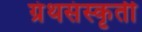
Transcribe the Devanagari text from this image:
ग्रंथसंस्‍कृती